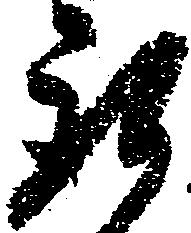
取